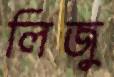
লিজু